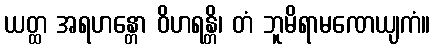
ယတ္ထ အရဟန္တော ဝိဟရန္တိ၊ တံ ဘူမိရာမဏေယျကံ။